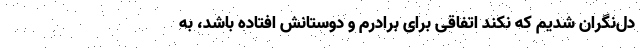
دل‌نگران شدیم که نکند اتفاقی برای برادرم و دوستانش افتاده باشد، به